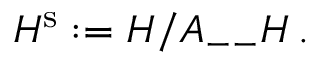
{ \cal H } ^ { \mathrm { s } } : = { \cal H } / { \cal A } _ { -- } { \cal H } \, .